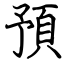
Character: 預